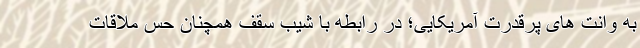
به وانت های پرقدرت آمریکایی؛ در رابطه با شیب سقف همچنان حس ملاقات